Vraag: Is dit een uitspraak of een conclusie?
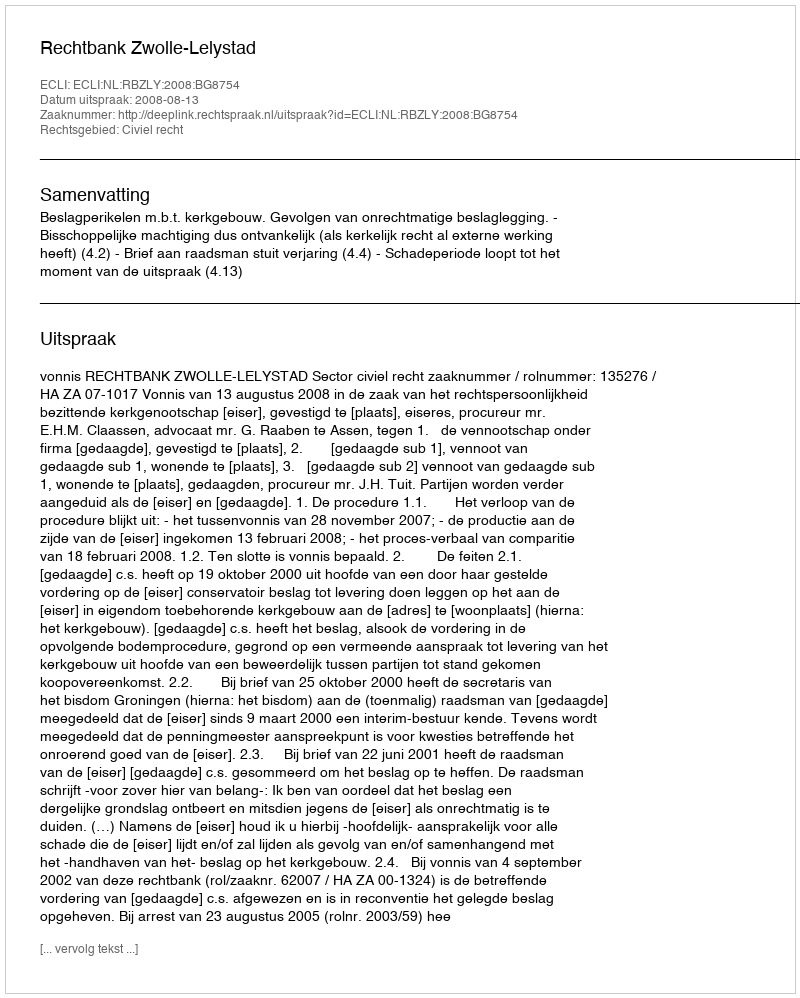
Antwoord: Uitspraak